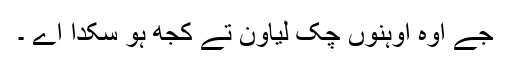
جے اوہ اوہنوں چک لیاون تے کجھ ہو سکدا اے ۔